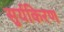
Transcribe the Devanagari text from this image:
सुर्यकिरण